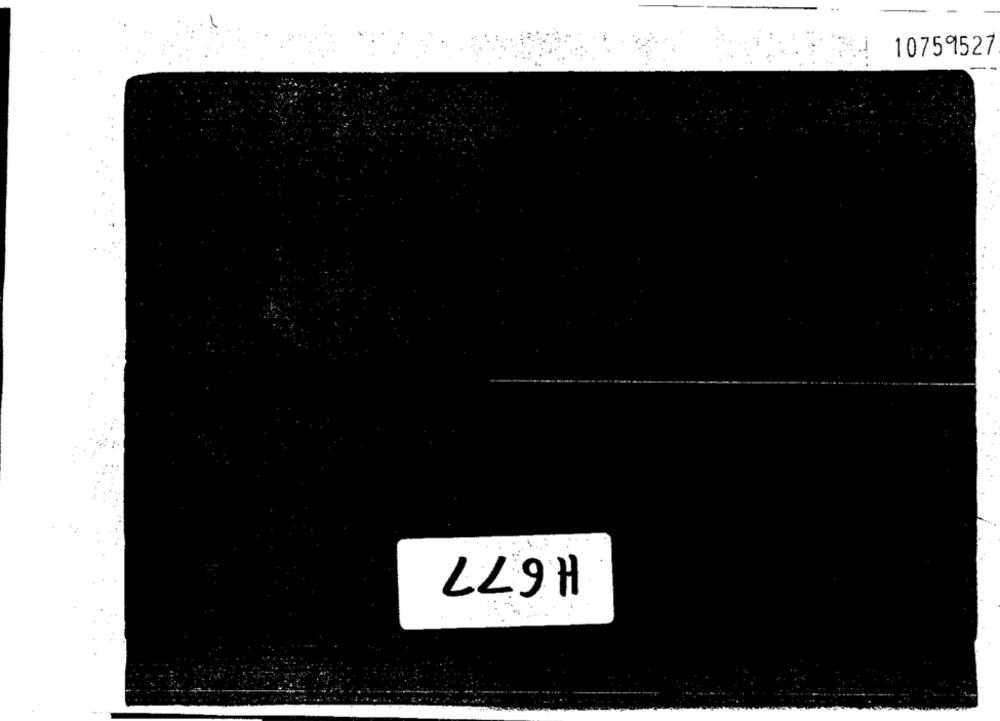
10759527
H 677